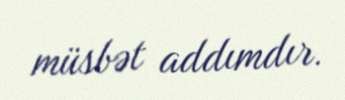
müsbət addımdır.